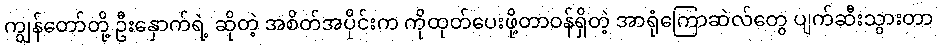
ကျွန်တော်တို့ ဦးနှောက်ရဲ့ ဆိုတဲ့ အစိတ်အပိုင်းက ကိုထုတ်ပေးဖို့တာဝန်ရှိတဲ့ အာရုံကြောဆဲလ်တွေ ပျက်ဆီးသွားတာ